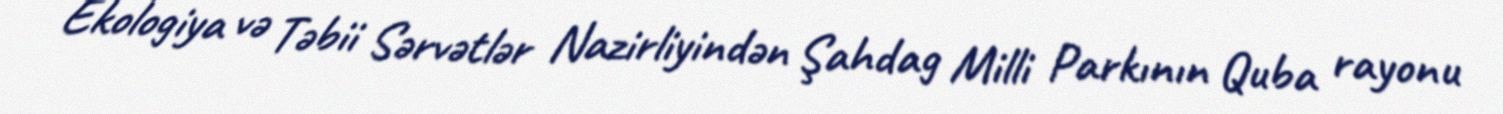
Ekologiya və Təbii Sərvətlər Nazirliyindən Şahdag Milli Parkının Quba rayonu